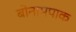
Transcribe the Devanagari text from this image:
बोनामपाक